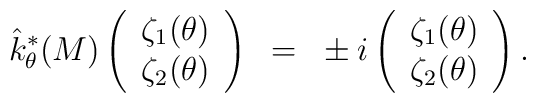
\hat k^*_\theta(M)\left(\begin{array}{c}\zeta_1(\theta)\\\zeta_2(\theta)\\\end{array}\right)~=~\pm i \left(\begin{array}{c}\zeta_1(\theta)\\\zeta_2(\theta)\\\end{array}\right).